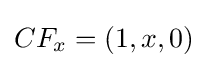
CF_{x}=(1,x,0)